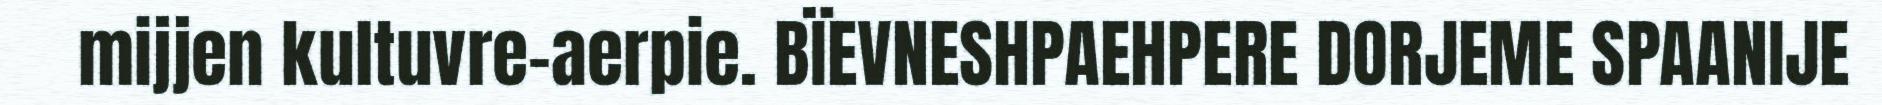
mijjen kultuvre-aerpie. BÏEVNESHPAEHPERE DORJEME SPAANIJE